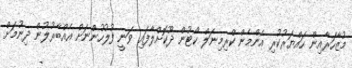
މުޒާހަރާއިން ހައްޔަރުކުރި އެންމެން ކްރިމިނަލް ކޯޓުން ދޫކޮށްލާފައި ވަނީ ފުލުހުންނަށް އެއްބާރުލުން ދިނުމަށް